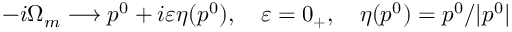
- i \Omega _ { m } \longrightarrow p ^ { 0 } + i \varepsilon \eta ( p ^ { 0 } ) , \ \ \ \varepsilon = 0 _ { + } , \ \ \ \eta ( p ^ { 0 } ) = p ^ { 0 } / | p ^ { 0 } |